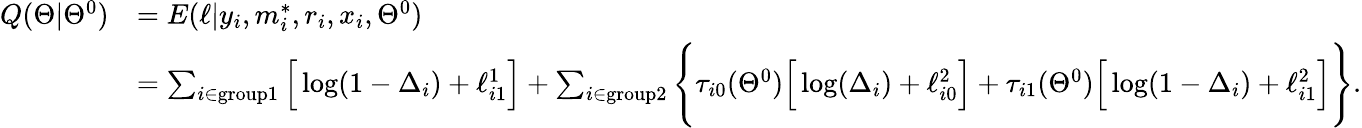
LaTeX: \begin{array}{rl}{Q(\Theta|\Theta^{0})}&{=E(\ell|y_{i},m_{i}^{*},r_{i},x_{i},\Theta^{0})}\\ &{=\sum_{i\in\mathrm{group1}}\Big[\log(1-\Delta_{i})+\ell_{i1}^{1}\Big]+\sum_{i\in\mathrm{group2}}\Bigg\{ \tau_{i0}(\Theta^{0})\Big[\log(\Delta_{i})+\ell_{i0}^{2}\Big]+\tau_{i1}(\Theta^{0})\Big[\log(1-\Delta_{i})+\ell_{i1}^{2}\Big]\Bigg\} .}\end{array}